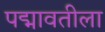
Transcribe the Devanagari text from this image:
पद्मावतीला